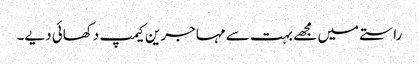
راستے میں مجھے بہت سے مہاجرین کیمپ دکھائی دیے۔